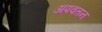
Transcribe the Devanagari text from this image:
अपवतन